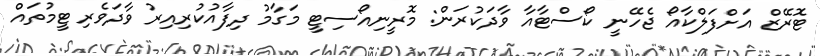
ޓޮރޭޒް އަށްފަލްކާއޯ ޖެހޭނީ ކޯސްޓާއާ ވާދަކުރަން: މޮރީނިއޯސިޓީ މަގާމު ދިފާއުކުރިއިރު ވާދަވެރި ޓީމުތައް